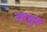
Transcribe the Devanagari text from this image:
उदभुत